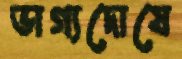
ভাগ্যদোষে